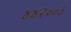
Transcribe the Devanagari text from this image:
४४२००३